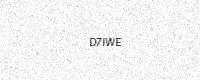
Text: D7IWE